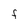
Character: F